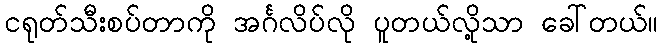
ငရုတ်သီးစပ်တာကို အင်္ဂလိပ်လို ပူတယ်လို့သာ ခေါ်တယ်။